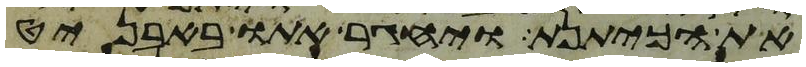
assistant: את הכיתנת ויחגר אתו באבניט